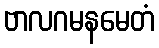
ဗာလဂမနမေတံ